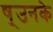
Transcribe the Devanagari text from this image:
ष्उनके